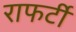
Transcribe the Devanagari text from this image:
राफर्टी